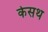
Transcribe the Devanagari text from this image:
केसथ